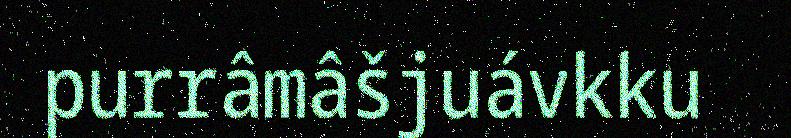
purrâmâšjuávkku